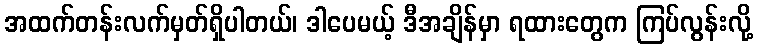
အထက်တန်းလက်မှတ်ရှိပါတယ်၊ ဒါပေမယ့် ဒီအချိန်မှာ ရထားတွေက ကြပ်လွန်းလို့